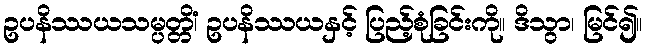
ဥပနိဿယသမ္ပတ္တိံ၊ ဥပနိဿယနှင့် ပြည့်စုံခြင်းကို။ ဒိသွာ၊ မြင်၍။